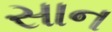
સાન